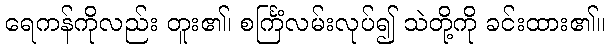
ရေကန်ကိုလည်း တူး၏၊ စင်္ကြံလမ်းလုပ်၍ သဲတို့ကို ခင်းထား၏။